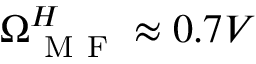
\Omega _ { \mathrm { ~ M ~ F ~ } } ^ { H } \approx 0 . 7 V